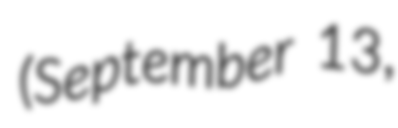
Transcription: (September 13,